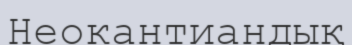
Неокантиандық